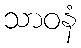
သာဝနံ